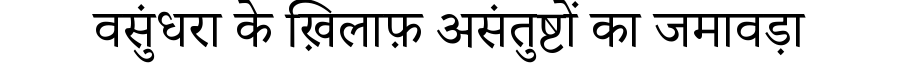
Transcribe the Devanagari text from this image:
वसुंधरा के ख़िलाफ़ असंतुष्टों का जमावड़ा